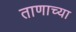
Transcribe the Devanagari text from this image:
ताणाच्या